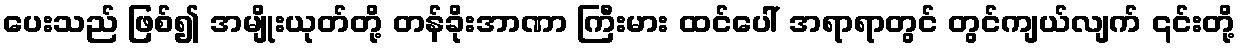
ပေးသည် ဖြစ်၍ အမျိုးယုတ်တို့ တန်ခိုးအာဏာ ကြီးမား ထင်ပေါ် အရာရာတွင် တွင်ကျယ်လျက် ၎င်းတို့